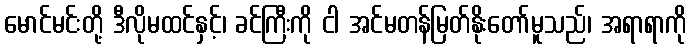
မောင်မင်းတို့ ဒီလိုမထင်နှင့်၊ ခင်ကြီးကို ငါ အင်မတန်မြတ်နိုးတော်မူသည်၊ အရာရာကို